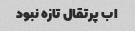
اب پرتقال تازه نبود